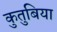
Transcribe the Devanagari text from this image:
कुतुबिया